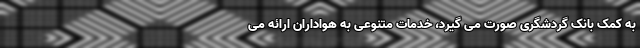
به کمک بانک گردشگری صورت می گیرد، خدمات متنوعی به هواداران ارائه می